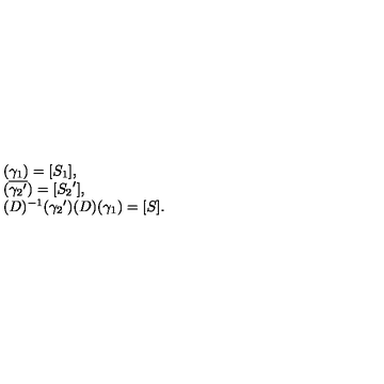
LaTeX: \left. \begin{array} { l } { ( \gamma _ { 1 } ) = [ S _ { 1 } ] , } \\ { ( \overline { { { \gamma _ { 2 } } ^ { \prime } } } ) = [ { S _ { 2 } } ^ { \prime } ] , } \\ { ( D ) ^ { - 1 } ( { \gamma _ { 2 } } ^ { \prime } ) ( D ) ( \gamma _ { 1 } ) = [ S ] . } \\ \end{array} \right.